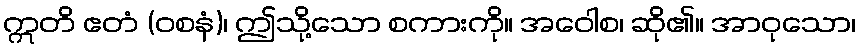
ဣတိ ဧတံ (ဝစနံ)၊ ဤသို့သော စကားကို။ အဝေါစ၊ ဆို၏။ အာဝုသော၊